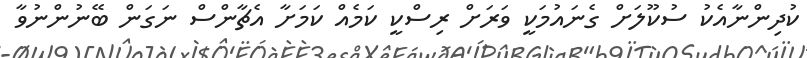
ކުދިންނާއެކު ސުކޫލަށް ގެނައުމަކީ ވަރަށް ރިސްކީ ކަމެއް ކަމަށާ އެޗާންސް ނަގަން ބޭނުންނުވާ